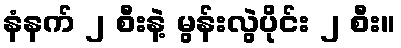
နံနက် ၂ စီးနဲ့ မွန်းလွဲပိုင်း ၂ စီး။